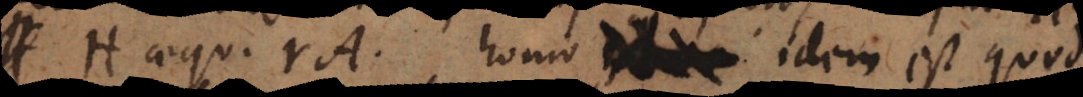
H aequ. rA, homo idem est quod